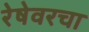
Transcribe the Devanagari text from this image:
रेषेवरचा